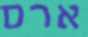
ארס